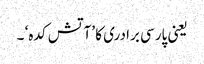
یعنی پارسی برادری کا ’آتش کدہ‘ ۔